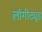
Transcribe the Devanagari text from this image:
लॉगीट्यूड